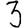
Digit: 3